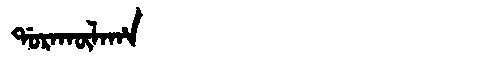
Manchu: ᡩᠣᡵᠠᡴᡡᠯᠠᡥᠠ
Romanization: DORAKŪLAHA